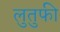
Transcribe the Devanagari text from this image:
लुतुफी